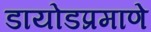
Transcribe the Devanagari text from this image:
डायोडप्रमाणे